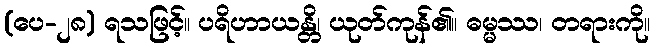
(ပေ-၂၈) ရသဖြင့်။ ပရိဟာယန္တိ၊ ယုတ်ကုန်၏။ ဓမ္မဿ၊ တရားကို။